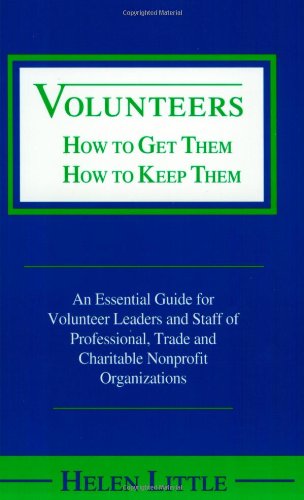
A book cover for Volunteers: How to Get Them, How to Keep Them; Helen Little; Business & Money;